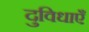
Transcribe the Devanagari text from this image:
दुविधाएँ